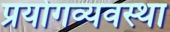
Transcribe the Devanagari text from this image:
प्रयोगव्यवस्था